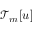
\mathcal { T } _ { m } [ u ]